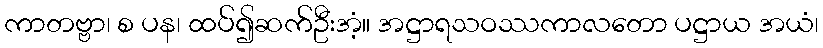
ကာတဗ္ဗာ၊ စ ပန၊ ထပ်၍ဆက်ဦးအံ့။ အဋ္ဌာရသဝဿကာလတော ပဋ္ဌာယ အယံ၊